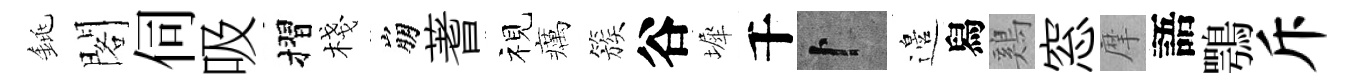
銚閣伺吸摺棧崩蓍视癘簇谷墀千卜邉舄鷄窓摩語鶚斥